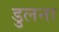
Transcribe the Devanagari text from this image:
डुलना